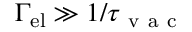
\Gamma _ { \mathrm { e l } } \gg 1 / \tau _ { \mathrm { ~ v ~ a ~ c ~ } }